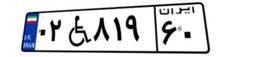
۰۲W۸۱۹۶۰